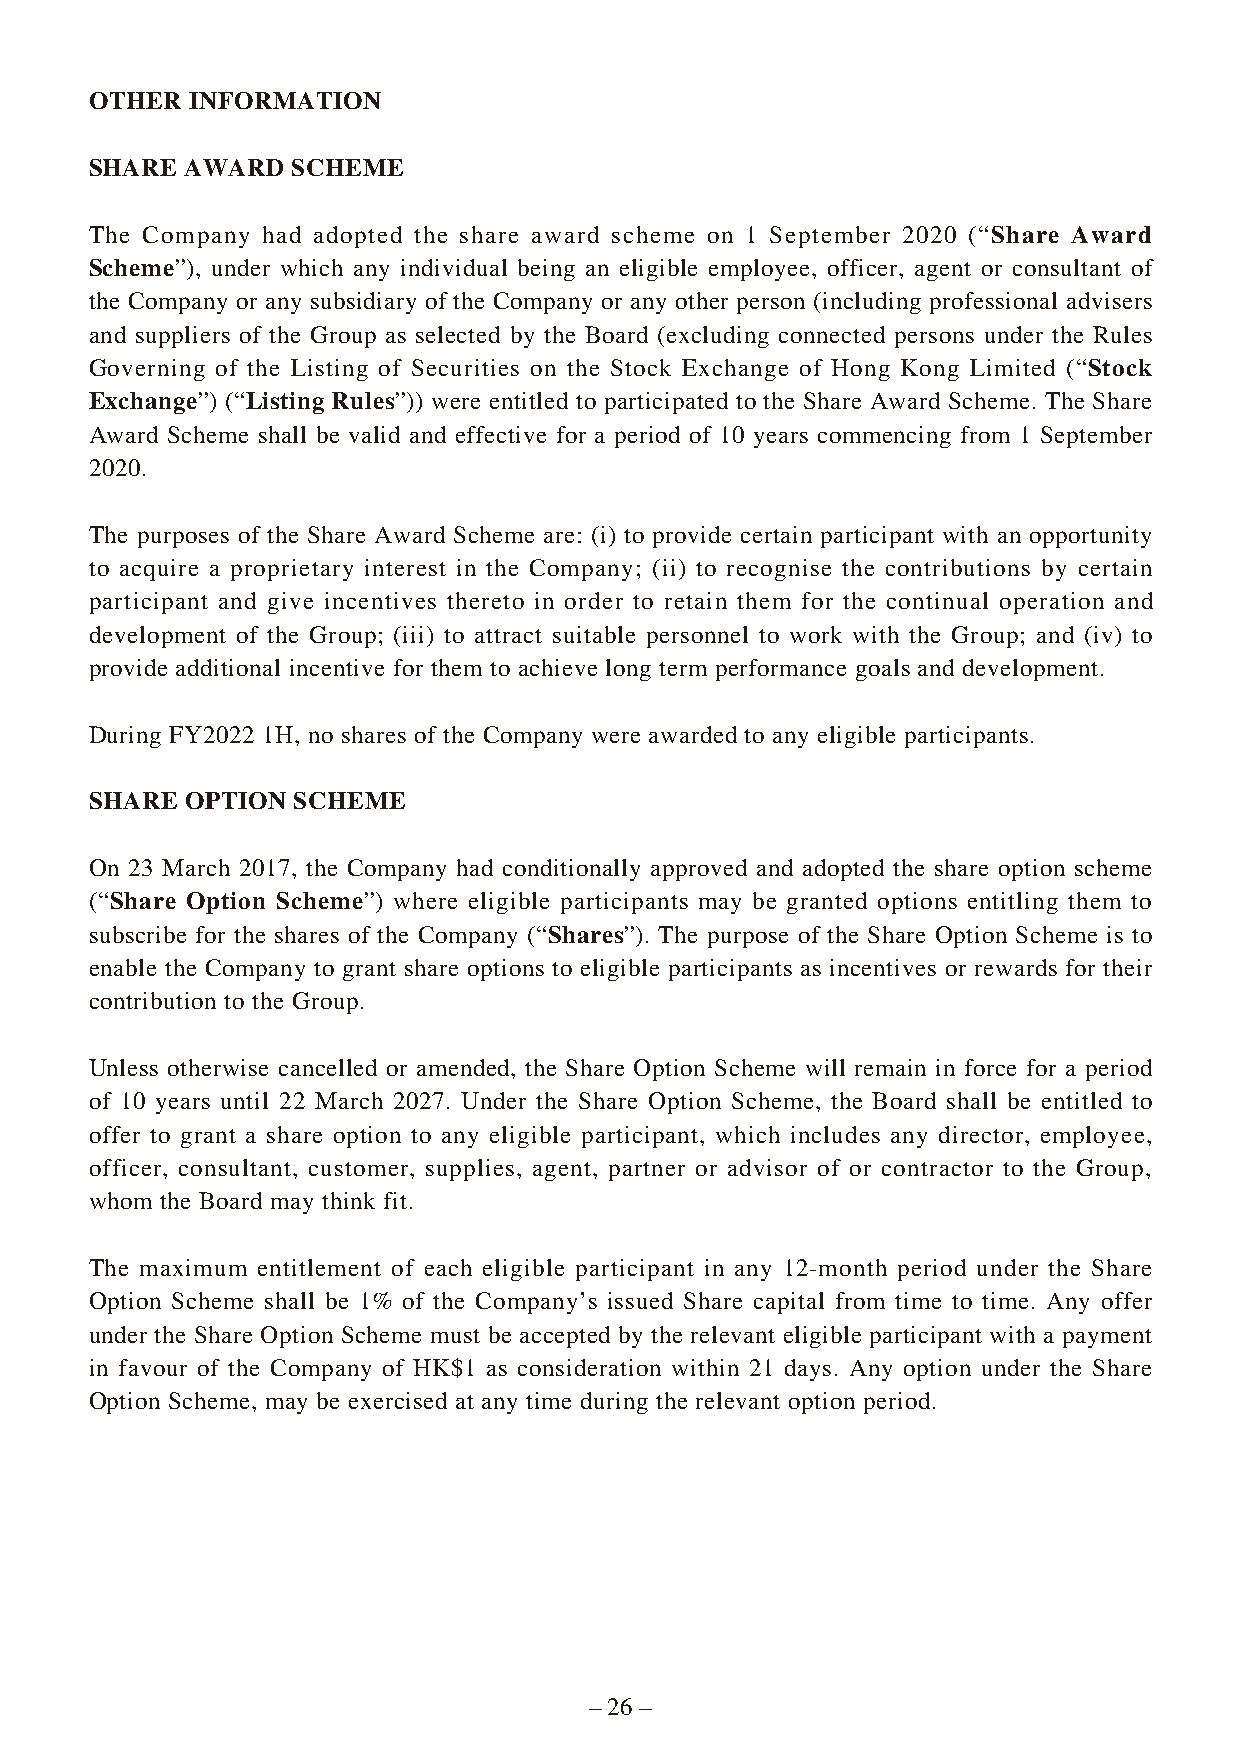
OTHER  INFORMATION
 SHARE AWARD  SCHEME
 The Company had adopted the share award scheme on 1 September 2020 (“Share Award
 Scheme”), under which any individual being an eligible employee, officer, agent or consultant of
 the Company or any subsidiary of the Company or any other person (including professional advisers
 and suppliers of the Group as selected by the Board (excluding connected persons under the Rules
 Governing of the Listing of Securities on the Stock Exchange of Hong Kong Limited (“Stock
 Exchange”) (“Listing Rules”)) were entitled to participated to the Share Award Scheme. The Share
 Award Scheme shall be valid and effective for a period of 10 years commencing from 1 September
 2020.
 The purposes of the Share Award Scheme are: (i) to provide certain participant with an opportunity
 to acquire a proprietary interest in the Company; (ii) to recognise the contributions by certain
 participant and give incentives thereto in order to retain them for the continual operation and
 development of the Group; (iii) to attract suitable personnel to work with the Group; and (iv) to
 provide additional incentive for them to achieve long term performance goals and development.
 During FY2022 1H, no shares of the Company were awarded to any eligible participants.
 SHARE OPTION SCHEME
 On 23 March 2017, the Company had conditionally approved and adopted the share option scheme
 (“Share Option Scheme”) where eligible participants may be granted options entitling them to
 subscribe for the shares of the Company (“Shares”). The purpose of the Share Option Scheme is to
 enable the Company to grant share options to eligible participants as incentives or rewards for their
 contribution to the Group.
 Unless otherwise cancelled or amended, the Share Option Scheme will remain in force for a period
 of 10 years until 22 March 2027. Under the Share Option Scheme, the Board shall be entitled to
 offer to grant a share option to any eligible participant, which includes any director, employee,
 officer, consultant, customer, supplies, agent, partner or advisor of or contractor to the Group,
 whom the Board may think fit.
 The maximum entitlement of each eligible participant in any 12-month period under the Share
 Option Scheme shall be 1% of the Company’s issued Share capital from time to time. Any offer
 under the Share Option Scheme must be accepted by the relevant eligible participant with a payment
 in favour of the Company of HK$1 as consideration within 21 days. Any option under the Share
 Option Scheme, may be exercised at any time during the relevant option period.
 – 26 –